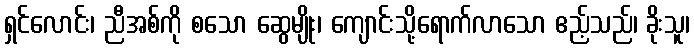
ရှင်လောင်း၊ ညီအစ်ကို စသော ဆွေမျိုး၊ ကျောင်းသို့ရောက်လာသော ဧည့်သည်၊ ခိုးသူ၊